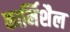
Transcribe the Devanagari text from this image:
कार्मिशैल